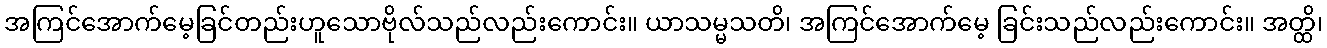
အကြင်အောက်မေ့ခြင်တည်းဟူသောဗိုလ်သည်လည်းကောင်း။ ယာသမ္မသတိ၊ အကြင်အောက်မေ့ ခြင်းသည်လည်းကောင်း။ အတ္ထိ၊